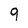
Character: 9